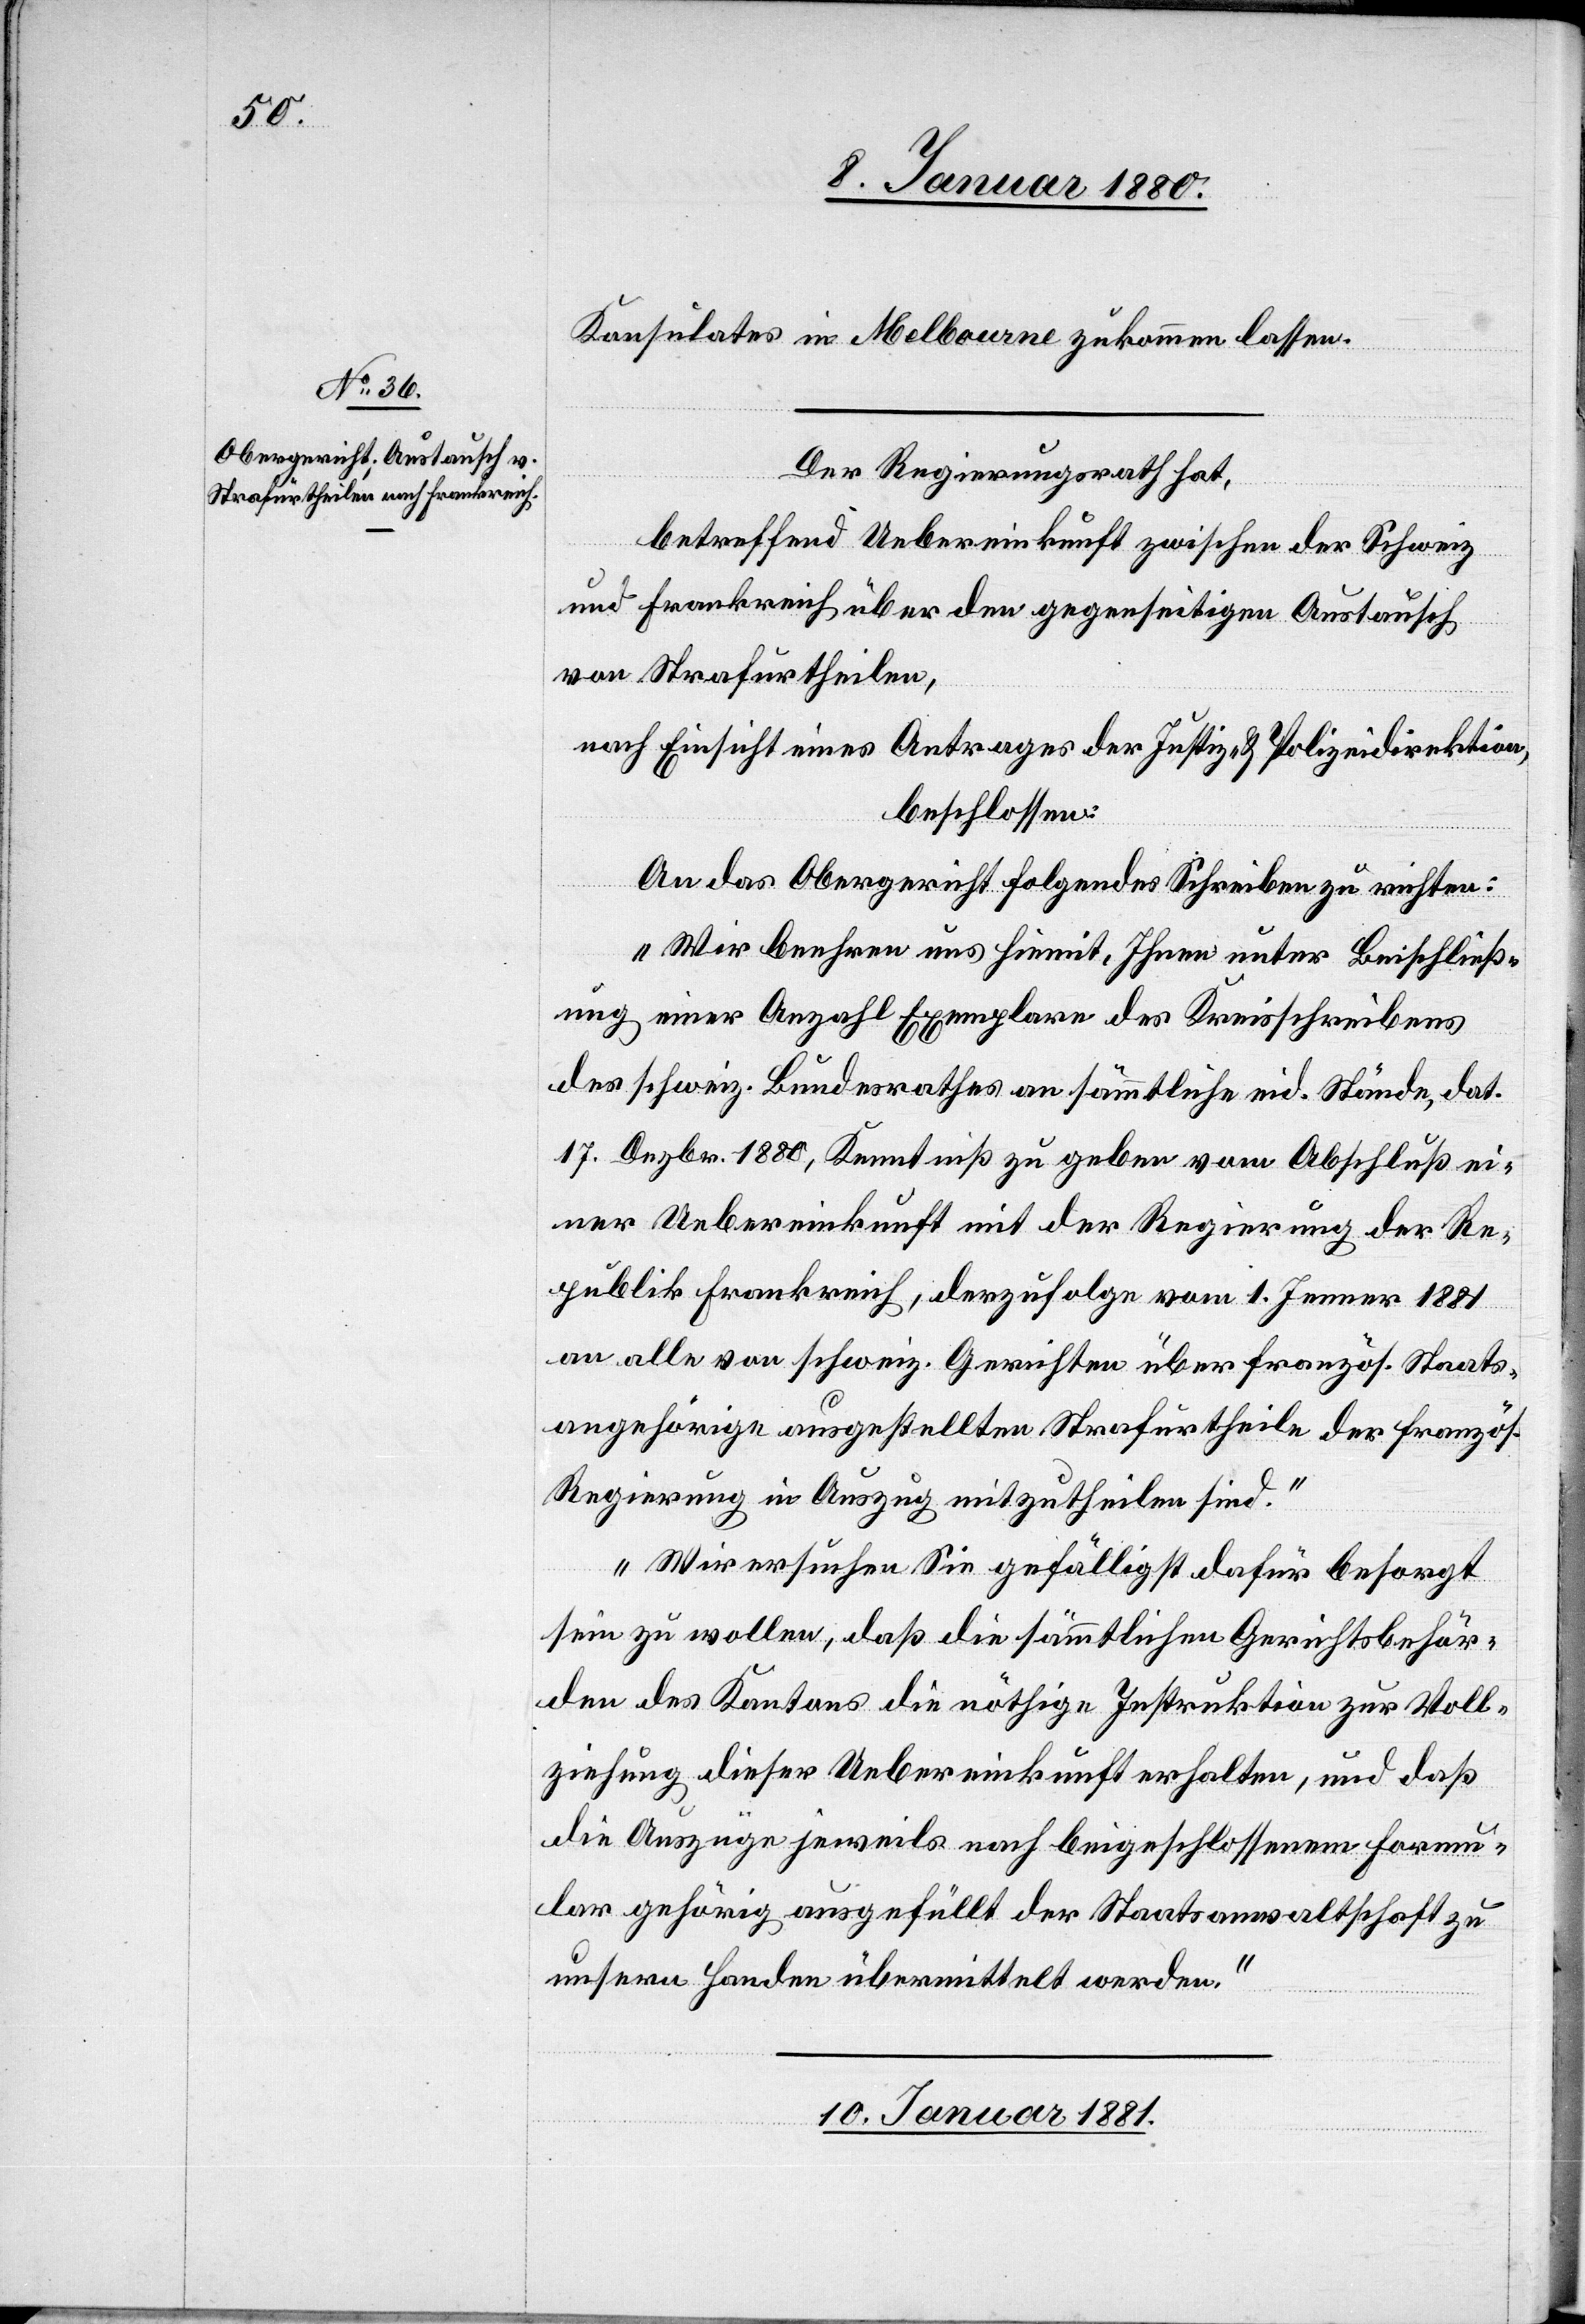
8. Januar 1881.]
Konsulates in Melbourne zukommen lassen.
Der Regierungsrath hat,
betreffend Uebereinkunft zwischen der Schweiz
und Frankreich über den gegenseitigen Austausch
von Strafurtheilen,
nach Einsicht eines Antrages der Justiz- & Polizeidirektion,
beschlossen:
An das Obergericht folgendes Schreiben zu richten:
„Wir beehren uns hiemit, Ihnen unter Beischließ¬
ung einer Anzahl Exemplare des Kreisschreibens
des schweiz. Bundesrathes an sämmtliche eid. Stände, dat.
17. Dezbr. 1880, Kenntniß zu geben vom Abschluß ei¬
ner Uebereinkunft mit der Regierung der Re¬
publik Frankreich, derzufolge vom 1. Jenner 1881
an alle von schweiz. Gerichten über französisch. Staats¬
angehörige ausgestellten Strafurtheile der französ.
Regierung in Auszug mitzutheilen sind.“
„Wir ersuchen sie gefälligst dafür besorgt
sein zu wollen, daß die sämmtlichen Gerichtsbehör¬
den des Kantons die nöthige Instruktion zur Voll¬
ziehung dieser Uebereinkunft erhalten, und daß
die Auszüge jeweils nach beigeschlossenem Formu¬
lar gehörig ausgefüllt der Staatsanwaltschaft zu
unsern Handen übermittelt werden.“